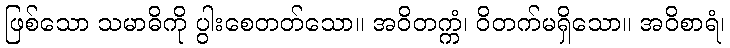
ဖြစ်သော သမာဓိကို ပွါးစေတတ်သော။ အဝိတက္ကံ၊ ဝိတက်မရှိသော။ အဝိစာရံ၊